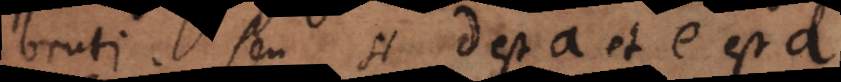
bruti. Seu si d est a et e est a